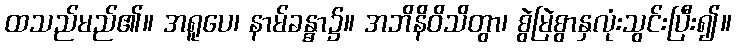
ထသည်မည်၏။ အရူပေ၊ နာမ်ခန္ဓာ၌။ အဘိနိဝိသိတွာ၊ စွဲမြဲစွာနှလုံးသွင်းပြီး၍။